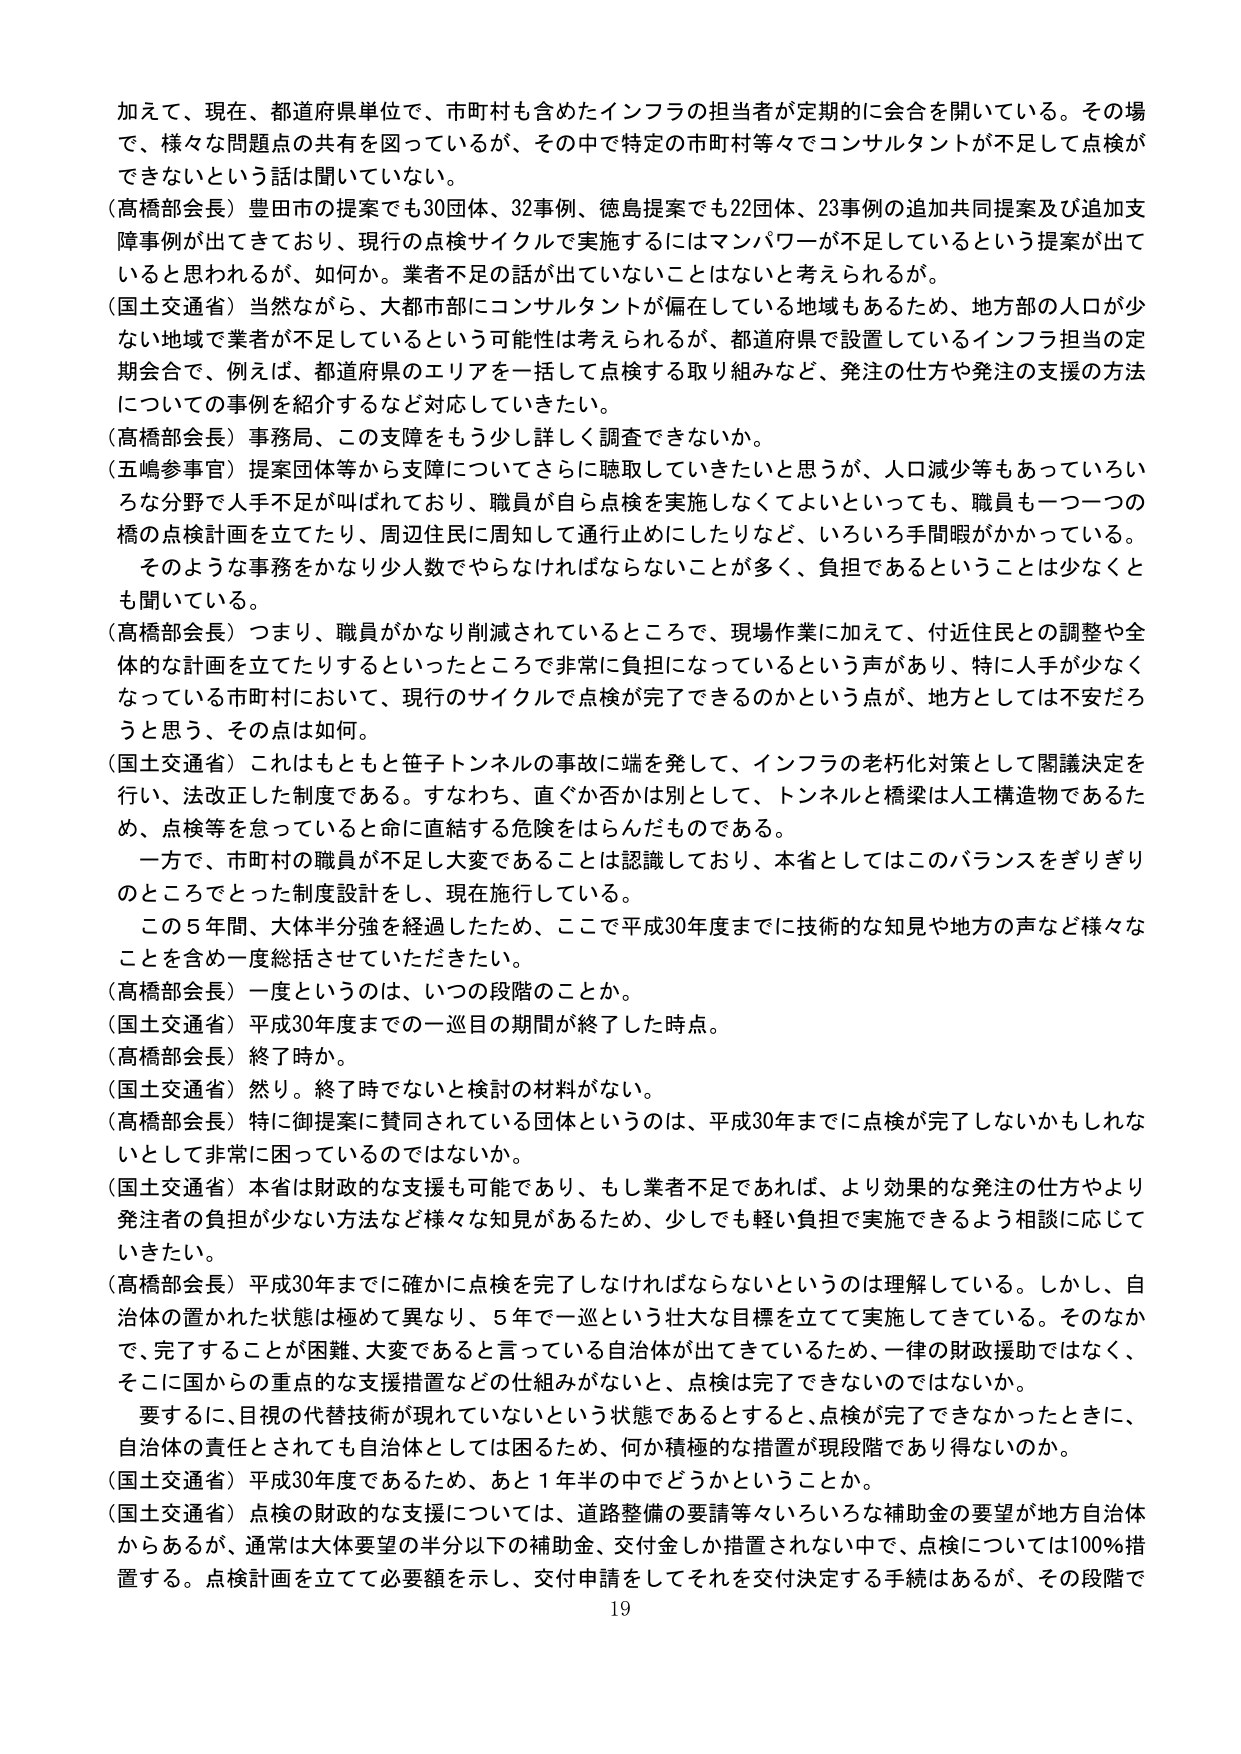
加えて、現在、都道府県単位で、市町村も含めたインフラの担当者が定期的に会合を開いている。その場で、様々な問題点の共有を図っているが、その中で特定の市町村等々でコンサルタントが不足して点検ができないという話は聞いていない。

（高橋部会長）豊田市の提案でも30団体、32事例、徳島提案でも22団体、23事例の追加共同提案及び追加支援事例が出てきており、現行の点検サイクルで実施するにはマンパワーが不足しているという提案が出ていると思われるが、如何か。業者不足の話が出ていないことはないと考えられるが。

（国土交通省）当然ながら、大都市部にコンサルタントが偏在している地域もあるため、地方部の人口が少ない地域で業者が不足しているという可能性は考えられるが、都道府県で設置しているインフラ担当の定期会合で、例えば、都道府県のエリアを一括して点検する取り組みなど、発注の仕方や発注の支援の方法についての事例を紹介するなど対応していきたい。

（高橋部会長）事務局、この支援をもう少し詳しく調査できないか。

（五嶋参事官）提案団体等から支援についてさらに聴取していきたいと思うが、人口減少等もあっていろいろな分野で人手不足が叫ばれており、職員が自ら点検を実施しなくてよいといっても、職員も一つ一つの橋の点検計画を立てたり、周辺住民に周知して通行止めにしたりなど、いろいろ手間暇がかかっている。そのような事務をかなり少人数でやらなければならないことが多く、負担であるということは少なくとも聞いている。

（高橋部会長）つまり、職員がかなり削減されているところで、現場作業に加えて、付近住民との調整や全体的な計画を立てたりするといったところで非常に負担になっているという声があり、特に人手が少なくなっている市町村において、現行のサイクルで点検が完了できるのかという点が、地方としては不安だろうと思う、その点は如何。

（国土交通省）これはもともと笹子トンネルの事故に端を発して、インフラの老朽化対策として閣議決定を行い、法改正した制度である。すなわち、直ぐか否かは別として、トンネルと橋梁は人工構造物であるため、点検等を怠っていると命に直結する危険をはらんだものである。

一方で、市町村の職員が不足し大変であることは認識しており、本省としてはこのバランスをぎりぎりのところでとった制度設計をし、現在施行している。

この5年間、大体半分強を経過したため、ここで平成30年度までに技術的な知見や地方の声など様々なことを含め一度総括させていただきたい。

（高橋部会長）一度というのは、いつの段階のことか。

（国土交通省）平成30年度までの一巡目の期間が終了した時点。

（高橋部会長）終了時か。

（国土交通省）然り。終了時でないと検討の材料がない。

（高橋部会長）特に御提案に賛同されている団体というのは、平成30年までに点検が完了しないかもしれないとして非常に困っているのではないかな。

（国土交通省）本省は財政的な支援も可能であり、もし業者不足であれば、より効果的な発注の仕方やより発注者の負担が少ない方法など様々な知見があるため、少しでも軽い負担で実施できるよう相談に応じていきたい。

（高橋部会長）平成30年までに確かに点検を完了しなければならないというのは理解している。しかし、自治体の置かれた状態は極めて異なり、5年で一巡という壮大な目標を立てて実施してきている。そのなかで、完了することが困難、大変であると言っている自治体が出てきているため、一律の財政援助ではなく、そこに国からの重点的な支援措置などの仕組みがないと、点検は完了できないのではないか。

要するに、目視の代替技術が現れていないという状態であるとすると、点検が完了できなかったときに、自治体の責任とされても自治体としては困るため、何か積極的な措置が現段階であり得ないのか。

（国土交通省）平成30年度であるため、あと1年半の中でどうかということか。

（国土交通省）点検の財政的な支援については、道路整備の要請等々いろいろな補助金の要望が地方自治体からあるが、通常は大体要望の半分以下の補助金、交付金しか措置されない中で、点検については100％措置する。点検計画を立てて必要額を示し、交付申請をしてそれを交付決定する手続はあるが、その段階で

19